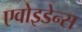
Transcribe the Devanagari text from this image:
एवोइडेन्स